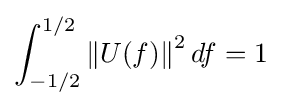
\int _{-1/2}^{1/2}{\|U(f)\|}^{2}\,df=1